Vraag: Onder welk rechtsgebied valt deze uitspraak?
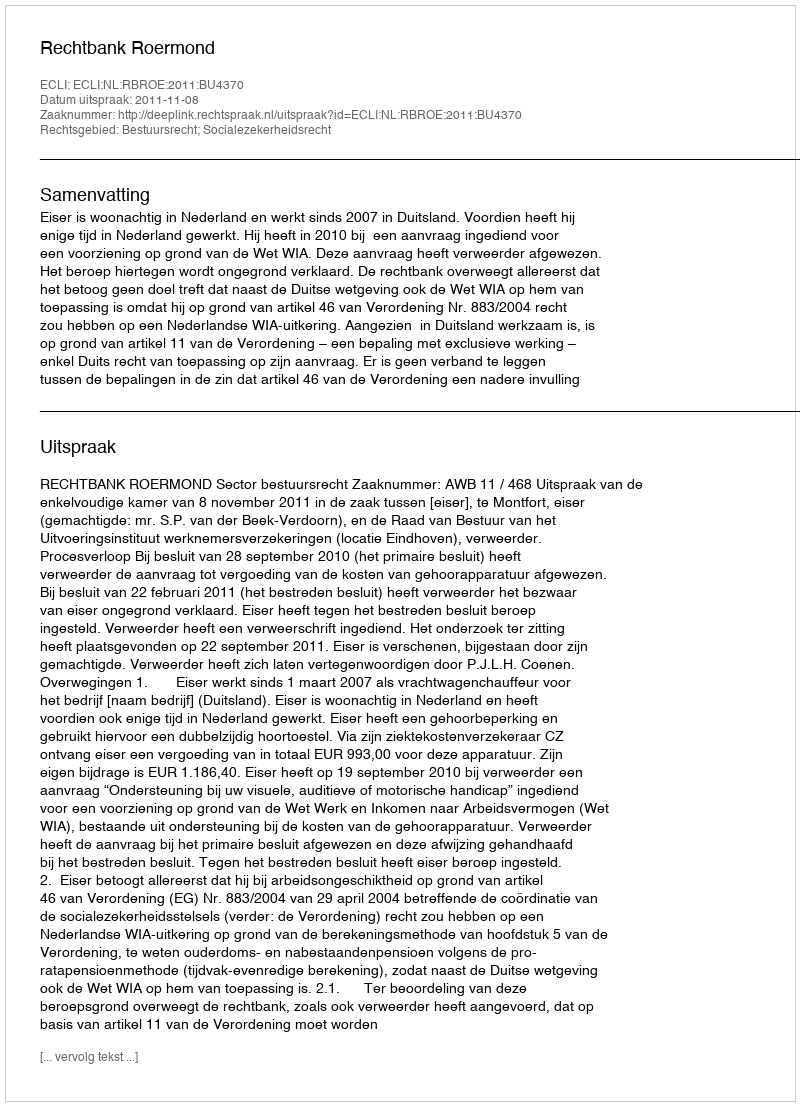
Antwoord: Bestuursrecht; Socialezekerheidsrecht